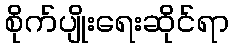
စိုက်ပျိုးရေးဆိုင်ရာ